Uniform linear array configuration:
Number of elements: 8
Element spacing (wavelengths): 0.25
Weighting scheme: hamming
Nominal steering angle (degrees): -15
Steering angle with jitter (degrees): -15.211
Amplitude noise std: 0.05
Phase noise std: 0.05

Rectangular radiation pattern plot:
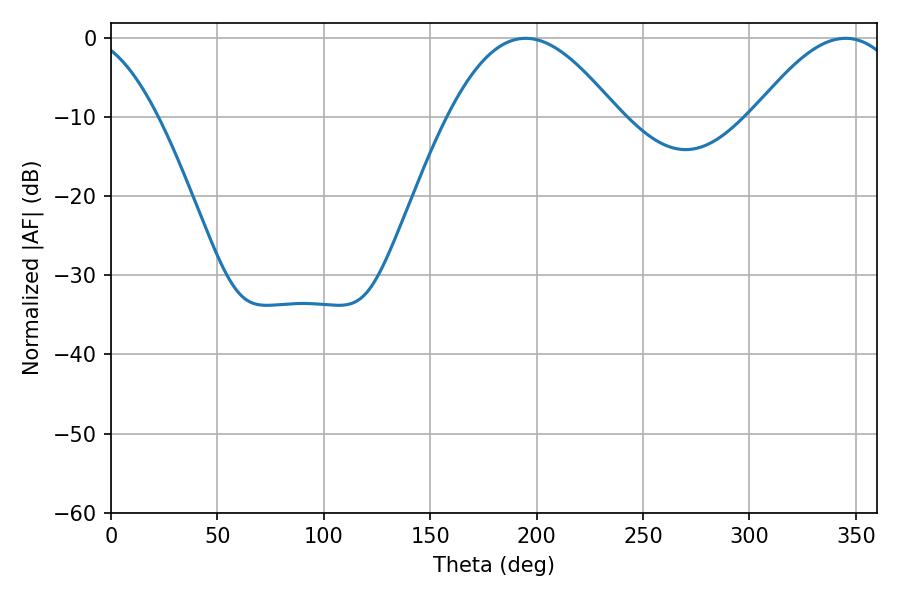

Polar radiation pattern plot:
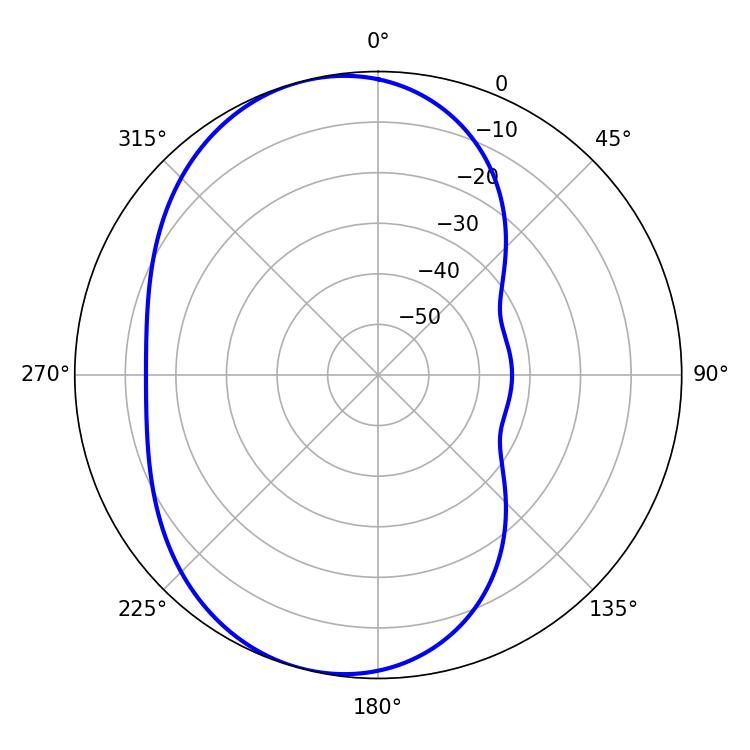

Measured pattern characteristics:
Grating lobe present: FALSE
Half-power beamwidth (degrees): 43.2
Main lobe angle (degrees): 194.76